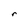
Character: r